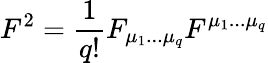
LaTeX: F^{2}=\frac{1}{q!}F_{\mu_{1}...\mu_{q}}F^{\mu_{1}...\mu_{q}}